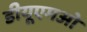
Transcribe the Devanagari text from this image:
डीयूएमओ